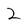
Character: 2